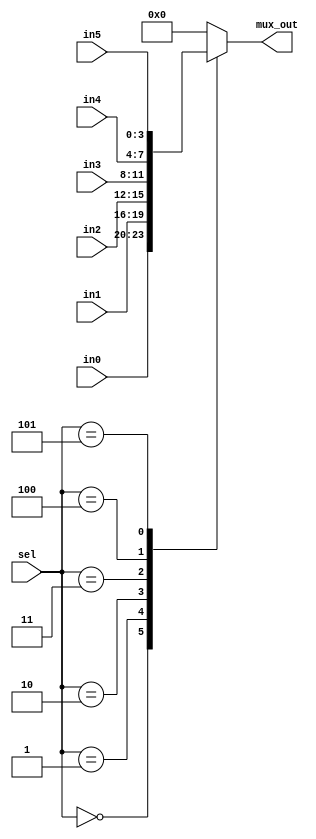
module clock_mux(
	sel,
	in0,
	in1,
	in2,
	in3,
	in4,
	in5,
	mux_out
);
input [3:0] sel, in0, in1, in2, in3, in4, in5;
output [3:0] mux_out;
reg [3:0] mux_out;
always @ (sel) begin
	case (sel)
		4'h0:		mux_out <= in0;
		4'h1:		mux_out <= in1;
		4'h2:		mux_out <= in2;
		4'h3:		mux_out <= in3;
		4'h4:		mux_out <= in4;
		4'h5:		mux_out <= in5;
		default:	mux_out <= 4'h0;
	endcase
end
endmodule